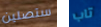
ستصلين تاب